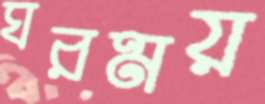
ঘরময়